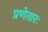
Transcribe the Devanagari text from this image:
प्रणेतारः